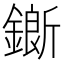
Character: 𨬅